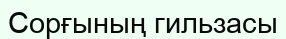
Сорғының гильзасы